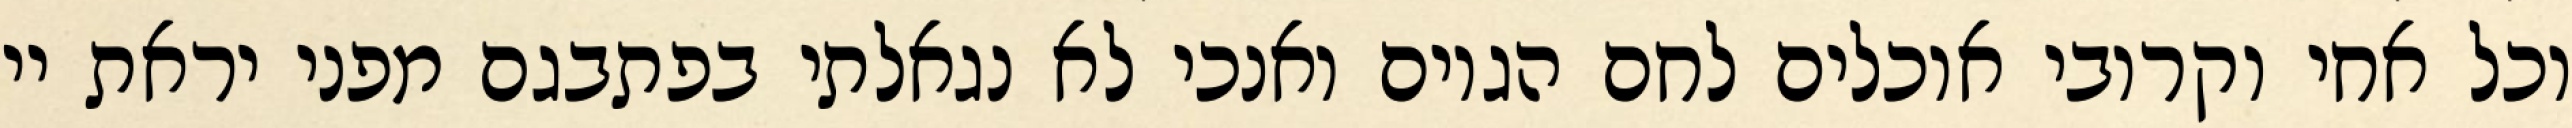
וכל אחי וקרובי אוכלים לחם הגוים ואנכי לא נגאלתי בפתבגם מפני יראת יי